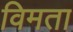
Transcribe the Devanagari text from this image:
विमता